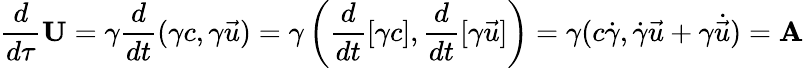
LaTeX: {\frac{d}{d\tau}}\mathbf{U}=\gamma{\frac{d}{dt}}(\gamma c,\gamma{\vec{u}})=\gamma\left({\frac{d}{dt}}[\gamma c],{\frac{d}{dt}}[\gamma{\vec{u}}]\right)=\gamma(c{\dot{\gamma}},{\dot{\gamma}}{\vec{u}}+\gamma{\dot{\vec{u}}})=\mathbf{A}